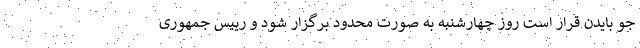
جو بایدن قرار است روز چهارشنبه به صورت محدود برگزار شود و رییس جمهوری